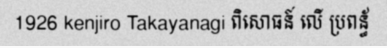
1926 kenjiro Takayanagi ពិសោធន៍ លើ ប្រពន្ធ័